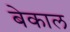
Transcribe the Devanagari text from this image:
बेकाल